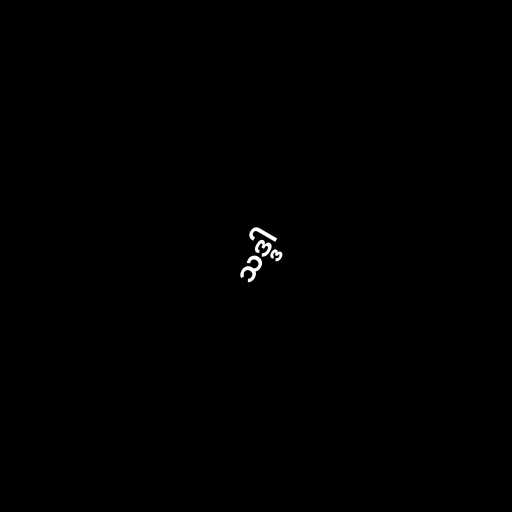
သဒ္ဒါ